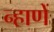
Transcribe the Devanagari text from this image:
न्हाणें